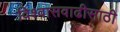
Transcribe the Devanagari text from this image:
विश्‍वासवाढीसाठी